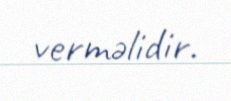
verməlidir.